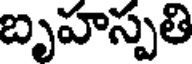
బృహస్పతి